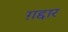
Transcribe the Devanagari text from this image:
ग़द्दार